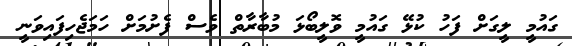
ގައުމީ ލީގަށް ފަހު ކުޅޭ ގައުމީ ވޮލީބޯޅަ މުބާރާތް ވެސް ފެށުމަށް ހަމަޖެހިފައިވަނީ